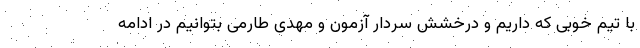
با تیم خوبی که داریم و درخشش سردار آزمون و مهدی طارمی بتوانیم در ادامه